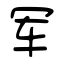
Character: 军